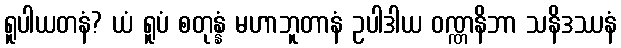
ရူပါယတနံ? ယံ ရူပံ စတုန္နံ မဟာဘူတာနံ ဥပါဒါယ ဝဏ္ဏနိဘာ သနိဒဿနံ